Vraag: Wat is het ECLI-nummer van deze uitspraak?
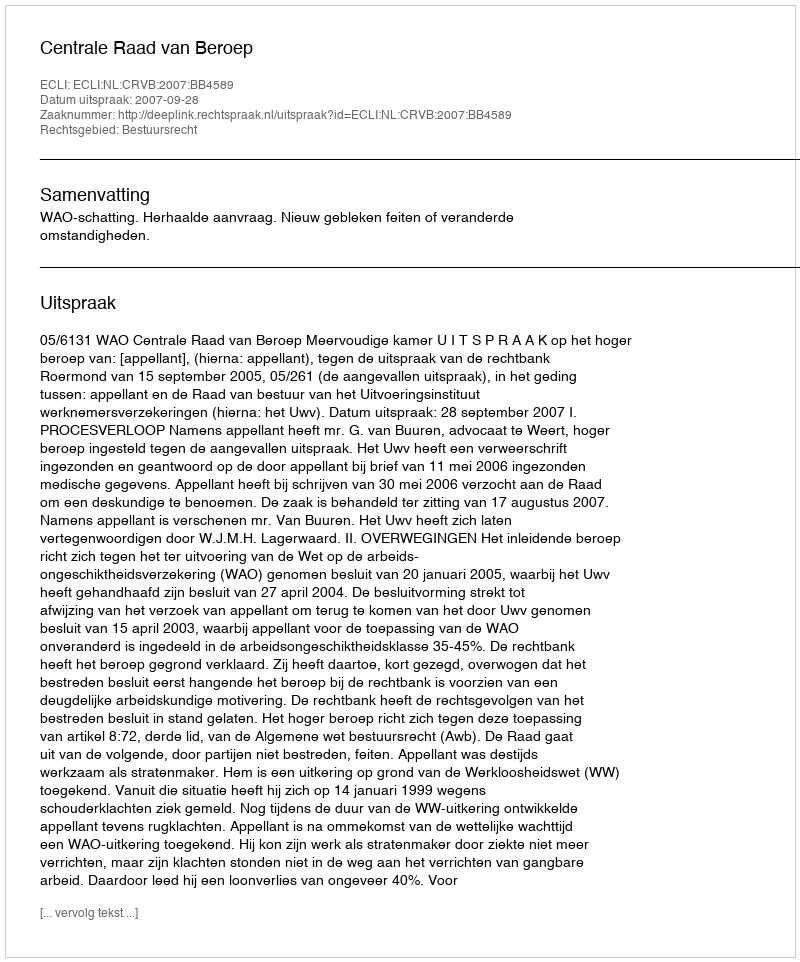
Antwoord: ECLI:NL:CRVB:2007:BB4589